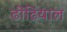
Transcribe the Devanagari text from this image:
ढोंढियाल